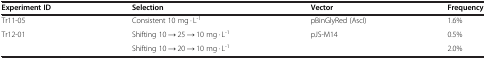
<table><thead><tr><td><b>Experiment ID</b></td><td><b>Selection</b></td><td><b>Vector</b></td><td><b>Frequency</b></td></tr></thead><tbody><tr><td>Tr11-05</td><td>Consistent 10 mg · L<sup>-1</sup></td><td>pBinGlyRed (AscI)</td><td>1.6%</td></tr><tr><td rowspan="2">Tr12-01</td><td>Shifting 10 → 25 → 10 mg · L<sup>-1</sup></td><td rowspan="2">pJS-M14</td><td>0.5%</td></tr><tr><td>Shifting 10 → 20 → 10 mg · L<sup>-1</sup></td><td>2.0%</td></tr></tbody></table>